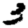
Digit: 3